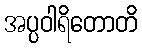
အပ္ပဝါရိတောတိ